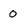
Character: 0